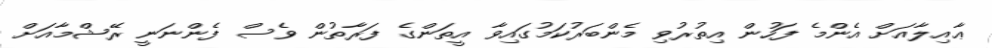
ޢާއިލާއަށް އެންމެ ފަހުން އިތުރުވި މެންބަރުކަމުގައިވާ އީތަންގެ ފަރާތުން ވެސް ފެންނަނީ ރޭޝްމާއަށް